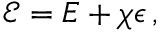
{ \mathcal E } = E + \chi \epsilon \, ,